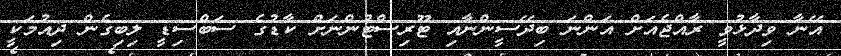
އޭނާ ވިދާޅުވީ ރާއްޖެއަށް އަންނަ ބިދޭސީންނާއި ޓޫރިސްޓުންނަށް ކާޑުގެ ސަބްސިޑީ ލިބިގެން ދިއުމަކީ